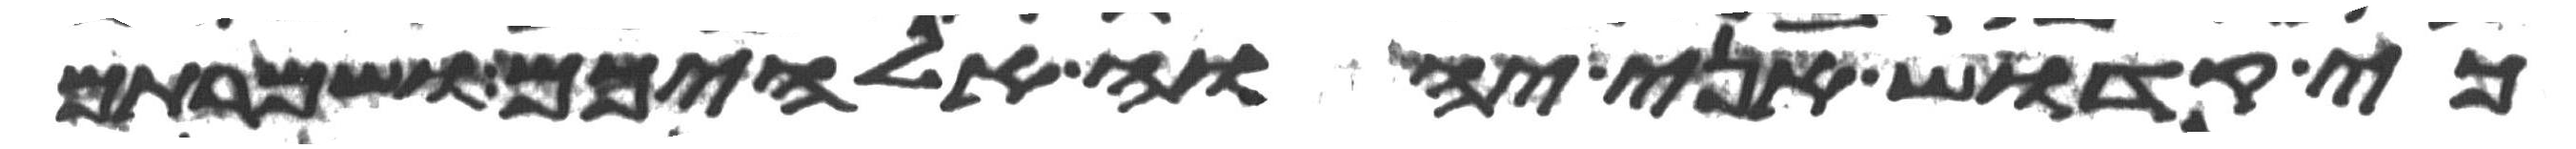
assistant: כי קדוש אני יהוה אלהיכם ושמרתם